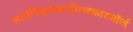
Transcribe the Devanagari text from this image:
सर्वाधिकारवादीसरकारजॉर्ज